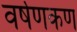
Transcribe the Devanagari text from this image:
वर्षणकण